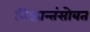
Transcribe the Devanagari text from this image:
सिद्धान्तंसोबत